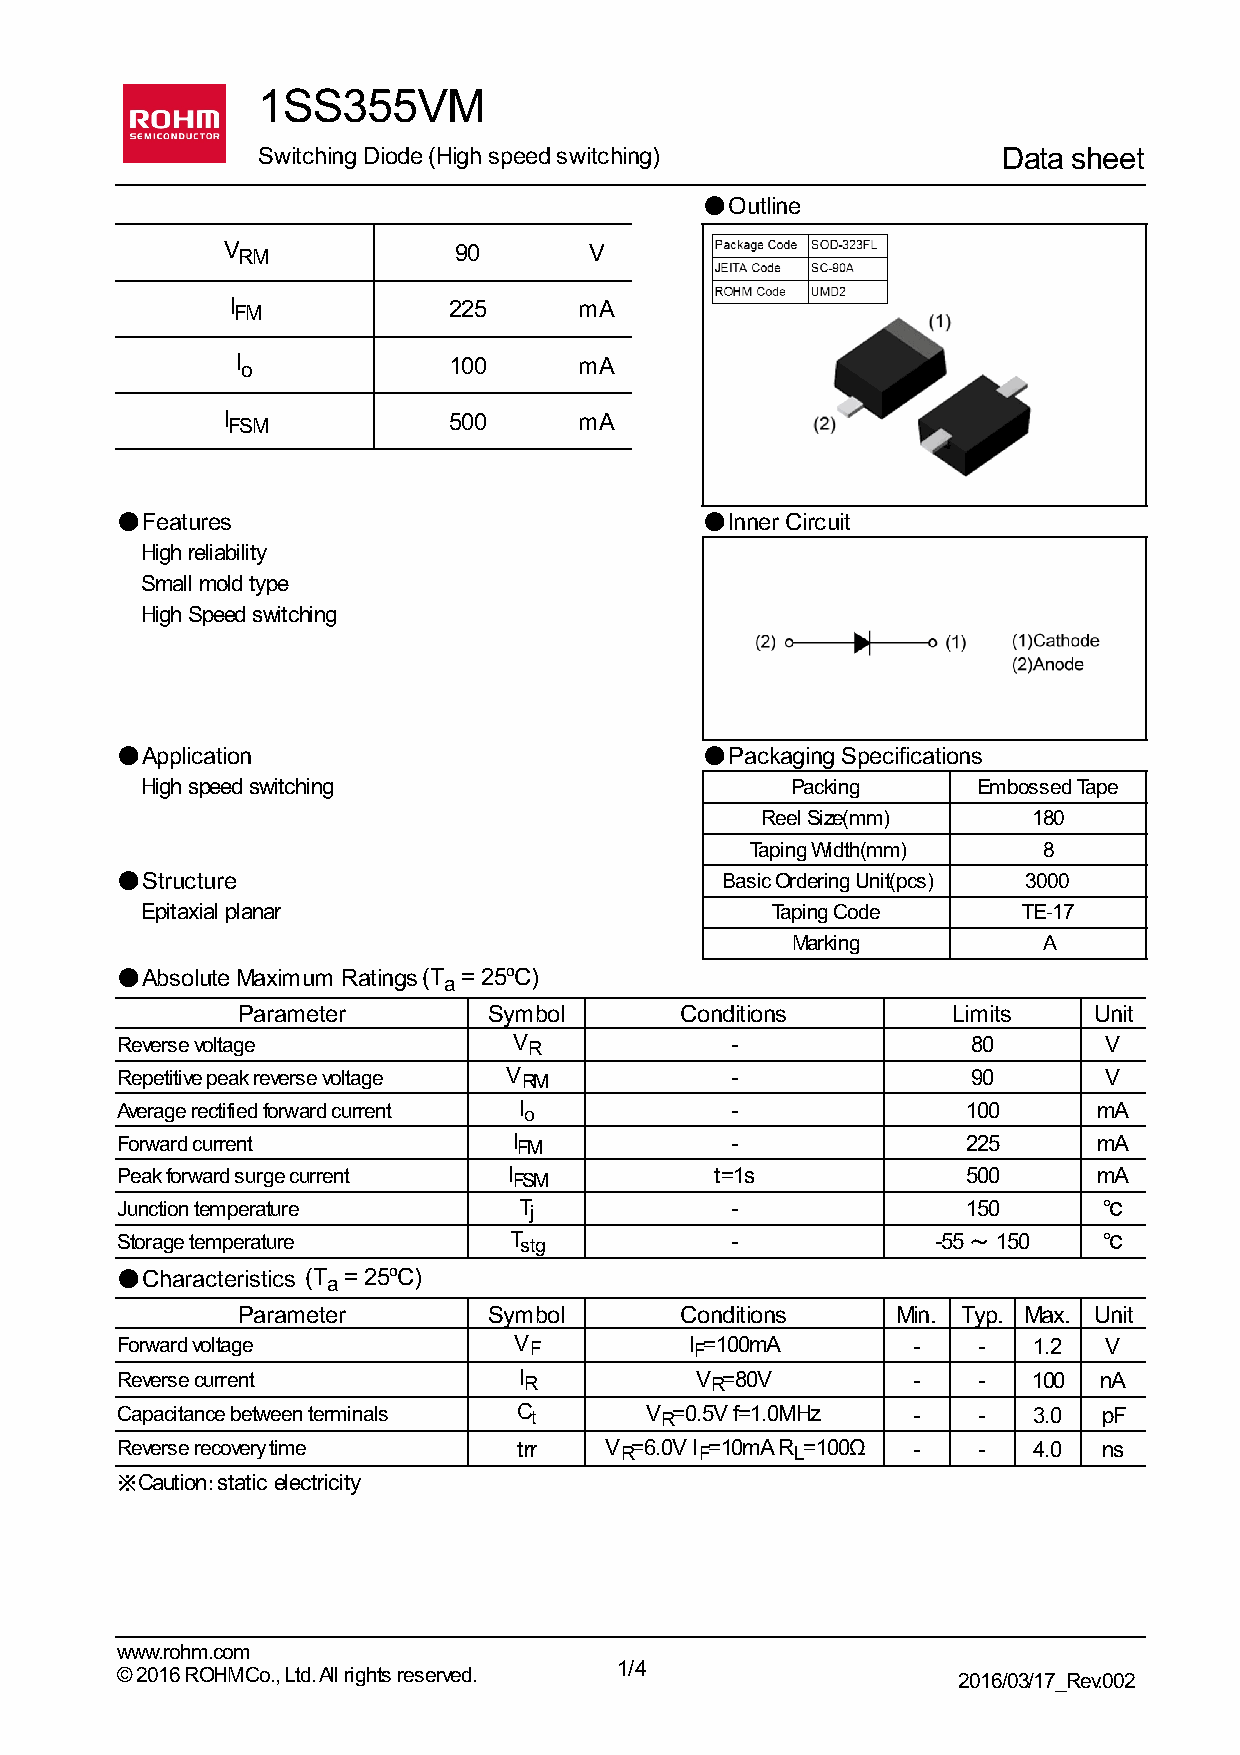
1SS355VM
 Switching Diode (High speed switching)           Data sheet
 ●Outline
 V RM           90       V
 I FM           225     mA
 I o           100     mA
 I FSM          500     mA
 ●Features                              ●Inner Circuit
 High reliability
 Small mold type
 High Speed switching
 ●Application                           ●Packaging Specifications
 High speed switching                       Packing      Embossed Tape
 Reel Size(mm)     180
 Taping Width(mm)   8
 ●Structure                              Basic Ordering Unit(pcs) 3000
 Epitaxial planar                          Taping Code      TE-17
 Marking          A
 ●Absolute Maximum Ratings (T
 a
 = 25ºC)
 Parameter       Symbol       Conditions        Limits   Unit
 Reverse voltage           V R           -               80       V
 Repetitive peak reverse voltage V RM    -               90       V
 Average rectified forward current I o   -               100      mA
 Forward current           I FM          -               225      mA
 Peak forward surge current I FSM       t=1s             500      mA
 Junction temperature      T j           -               150      ℃
 Storage temperature       T stg         -             -55 ～ 150  ℃
 ●Characteristics (T
 a
 = 25ºC)
 Parameter       Symbol       Conditions    Min. Typ. Max. Unit
 Forward voltage           V F         I F=100mA     -    -  1.2  V
 Reverse current           I R         V R=80V       -    -  100  nA
 Capacitance between terminals C t  V R=0.5V f=1.0MHz -   -  3.0  pF
 Reverse recovery time     trr   V R=6.0V I F=10mA R L=100Ω - - 4.0 ns
 ※Caution：static electricity
 www.rohm.com
 1/4
 © 2016 ROHM Co., Ltd. All rights reserved.             2016/03/17_Rev.002